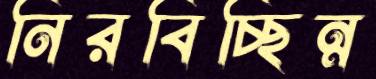
নিরবিচ্ছিন্ন